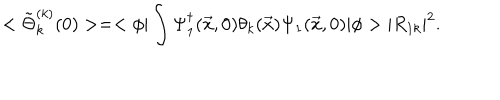
< \tilde { \Theta } _ { k } ^ { ( k ) } ( 0 ) > = < \phi | \int \Psi _ { 1 } ^ { \dagger } ( \vec { x } , 0 ) \theta _ { k } ( \vec { x } ) \Psi _ { 1 } ( \vec { x } , 0 ) | \phi > | R _ { 1 k } | ^ { 2 } .